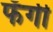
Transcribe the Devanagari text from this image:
फॅगी